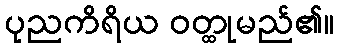
ပုညကိရိယ ဝတ္ထုမည်၏။